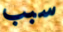
سبب